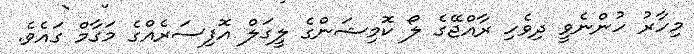
މިހާރު ހުންނެވީ ދިވެހި ރާއްޖޭގެ ލޯ ކޮމިޝަންގެ ލީގަލް އޮފިސަރެއްގެ މަގާމް ގައެވެ.